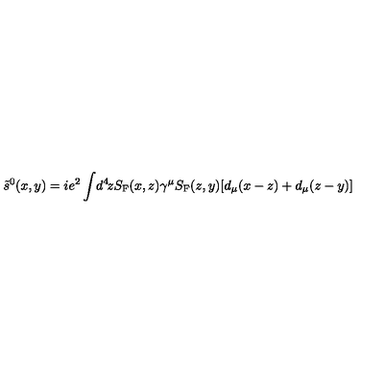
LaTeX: \tilde { s } ^ { 0 } ( x , y ) = i e ^ { 2 } \int \! d ^ { 4 } \! z S _ { \mathrm { F } } ( x , z ) \gamma ^ { \mu } S _ { \mathrm { F } } ( z , y ) [ d _ { \mu } ( x - z ) + d _ { \mu } ( z - y ) ]